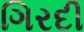
ગિરદી